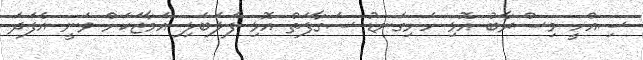
ސިއްހީ މިސްރާބު އޮޅި ހަށިގަނޑު ސަގާފަތް އޮޅި ފަލަބަލި އަމާޒަކަށް ވަނީ އެފަދަ